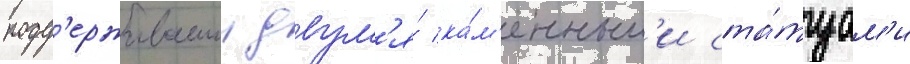
подд'ерживаемои двум'я́ ка́м'енным'и ста́туам'и